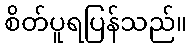
စိတ်ပူရပြန်သည်။